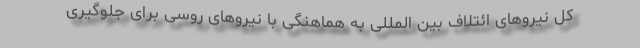
کل نیروهای ائتلاف بین المللی به هماهنگی با نیروهای روسی برای جلوگیری